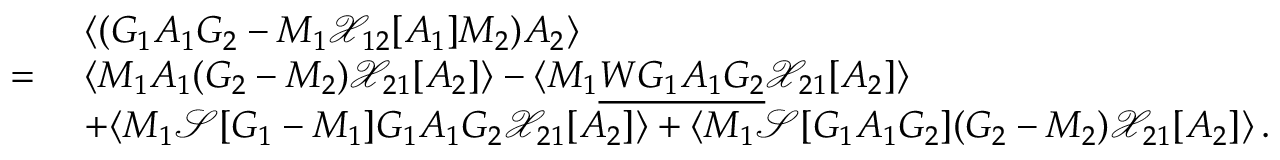
\begin{array} { r l } & { \langle ( G _ { 1 } A _ { 1 } G _ { 2 } - M _ { 1 } \mathcal { X } _ { 1 2 } [ A _ { 1 } ] M _ { 2 } ) A _ { 2 } \rangle } \\ { = \ } & { \langle M _ { 1 } A _ { 1 } ( G _ { 2 } - M _ { 2 } ) { \mathcal { X } } _ { 2 1 } [ A _ { 2 } ] \rangle - \langle M _ { 1 } \underline { { W G _ { 1 } A _ { 1 } G _ { 2 } } } { \mathcal { X } } _ { 2 1 } [ A _ { 2 } ] \rangle } \\ & { + \langle M _ { 1 } \mathcal { S } [ G _ { 1 } - M _ { 1 } ] G _ { 1 } A _ { 1 } G _ { 2 } { \mathcal { X } } _ { 2 1 } [ A _ { 2 } ] \rangle + \langle M _ { 1 } \mathcal { S } [ G _ { 1 } A _ { 1 } G _ { 2 } ] ( G _ { 2 } - M _ { 2 } ) { \mathcal { X } } _ { 2 1 } [ A _ { 2 } ] \rangle \, . } \end{array}